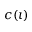
c ( \iota )